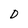
Character: D